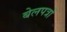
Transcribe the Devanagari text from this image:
बेलपत्रों